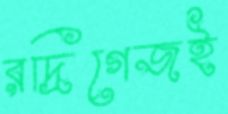
রদ্রিগেজই